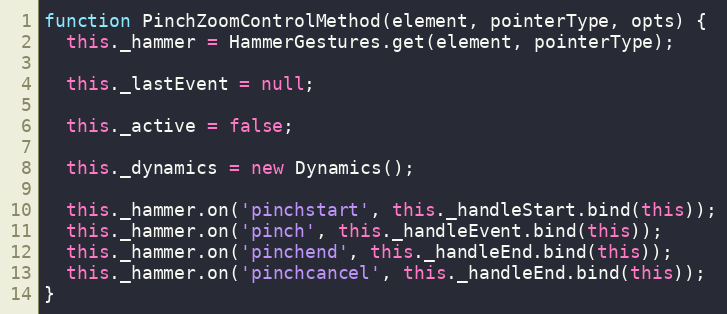
Language: JavaScript
function PinchZoomControlMethod(element, pointerType, opts) {
  this._hammer = HammerGestures.get(element, pointerType);

  this._lastEvent = null;

  this._active = false;

  this._dynamics = new Dynamics();

  this._hammer.on('pinchstart', this._handleStart.bind(this));
  this._hammer.on('pinch', this._handleEvent.bind(this));
  this._hammer.on('pinchend', this._handleEnd.bind(this));
  this._hammer.on('pinchcancel', this._handleEnd.bind(this));
}